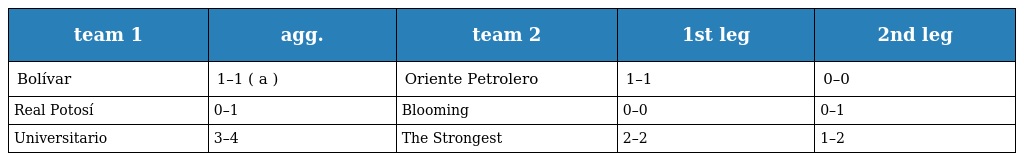
| team 1 | agg. | team 2 | 1st leg | 2nd leg |
 | --- | --- | --- | --- | --- |
 | Bolívar | 1–1 ( a ) | Oriente Petrolero | 1–1 | 0–0 |
 | Real Potosí | 0–1 | Blooming | 0–0 | 0–1 |
 | Universitario | 3–4 | The Strongest | 2–2 | 1–2 |